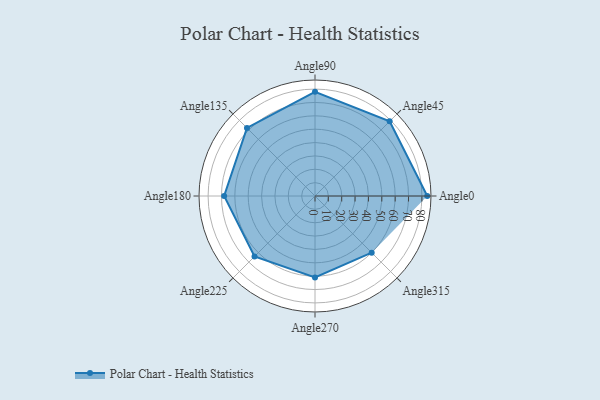
{"axis": {"x": "Angle", "y": "Radius"}, "legend": [""], "data": [{"x": "Angle0", "y": 84.0, "type": ""}, {"x": "Angle45", "y": 79.0, "type": ""}, {"x": "Angle90", "y": 78.0, "type": ""}, {"x": "Angle135", "y": 72.0, "type": ""}, {"x": "Angle180", "y": 68.0, "type": ""}, {"x": "Angle225", "y": 64.0, "type": ""}, {"x": "Angle270", "y": 61.0, "type": ""}, {"x": "Angle315", "y": 60.0, "type": ""}]}